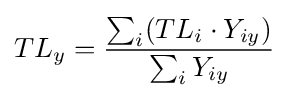
TL_{y}={\frac {\sum _{i}(TL_{i}\cdot Y_{iy})}{\sum _{i}Y_{iy}}}